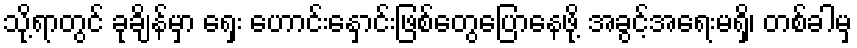
သို့ရာတွင် ခုချိန်မှာ ရှေး ဟောင်းနှောင်းဖြစ်တွေပြောနေဖို့ အခွင့်အရေးမရှိ၊ တစ်ခါမှ